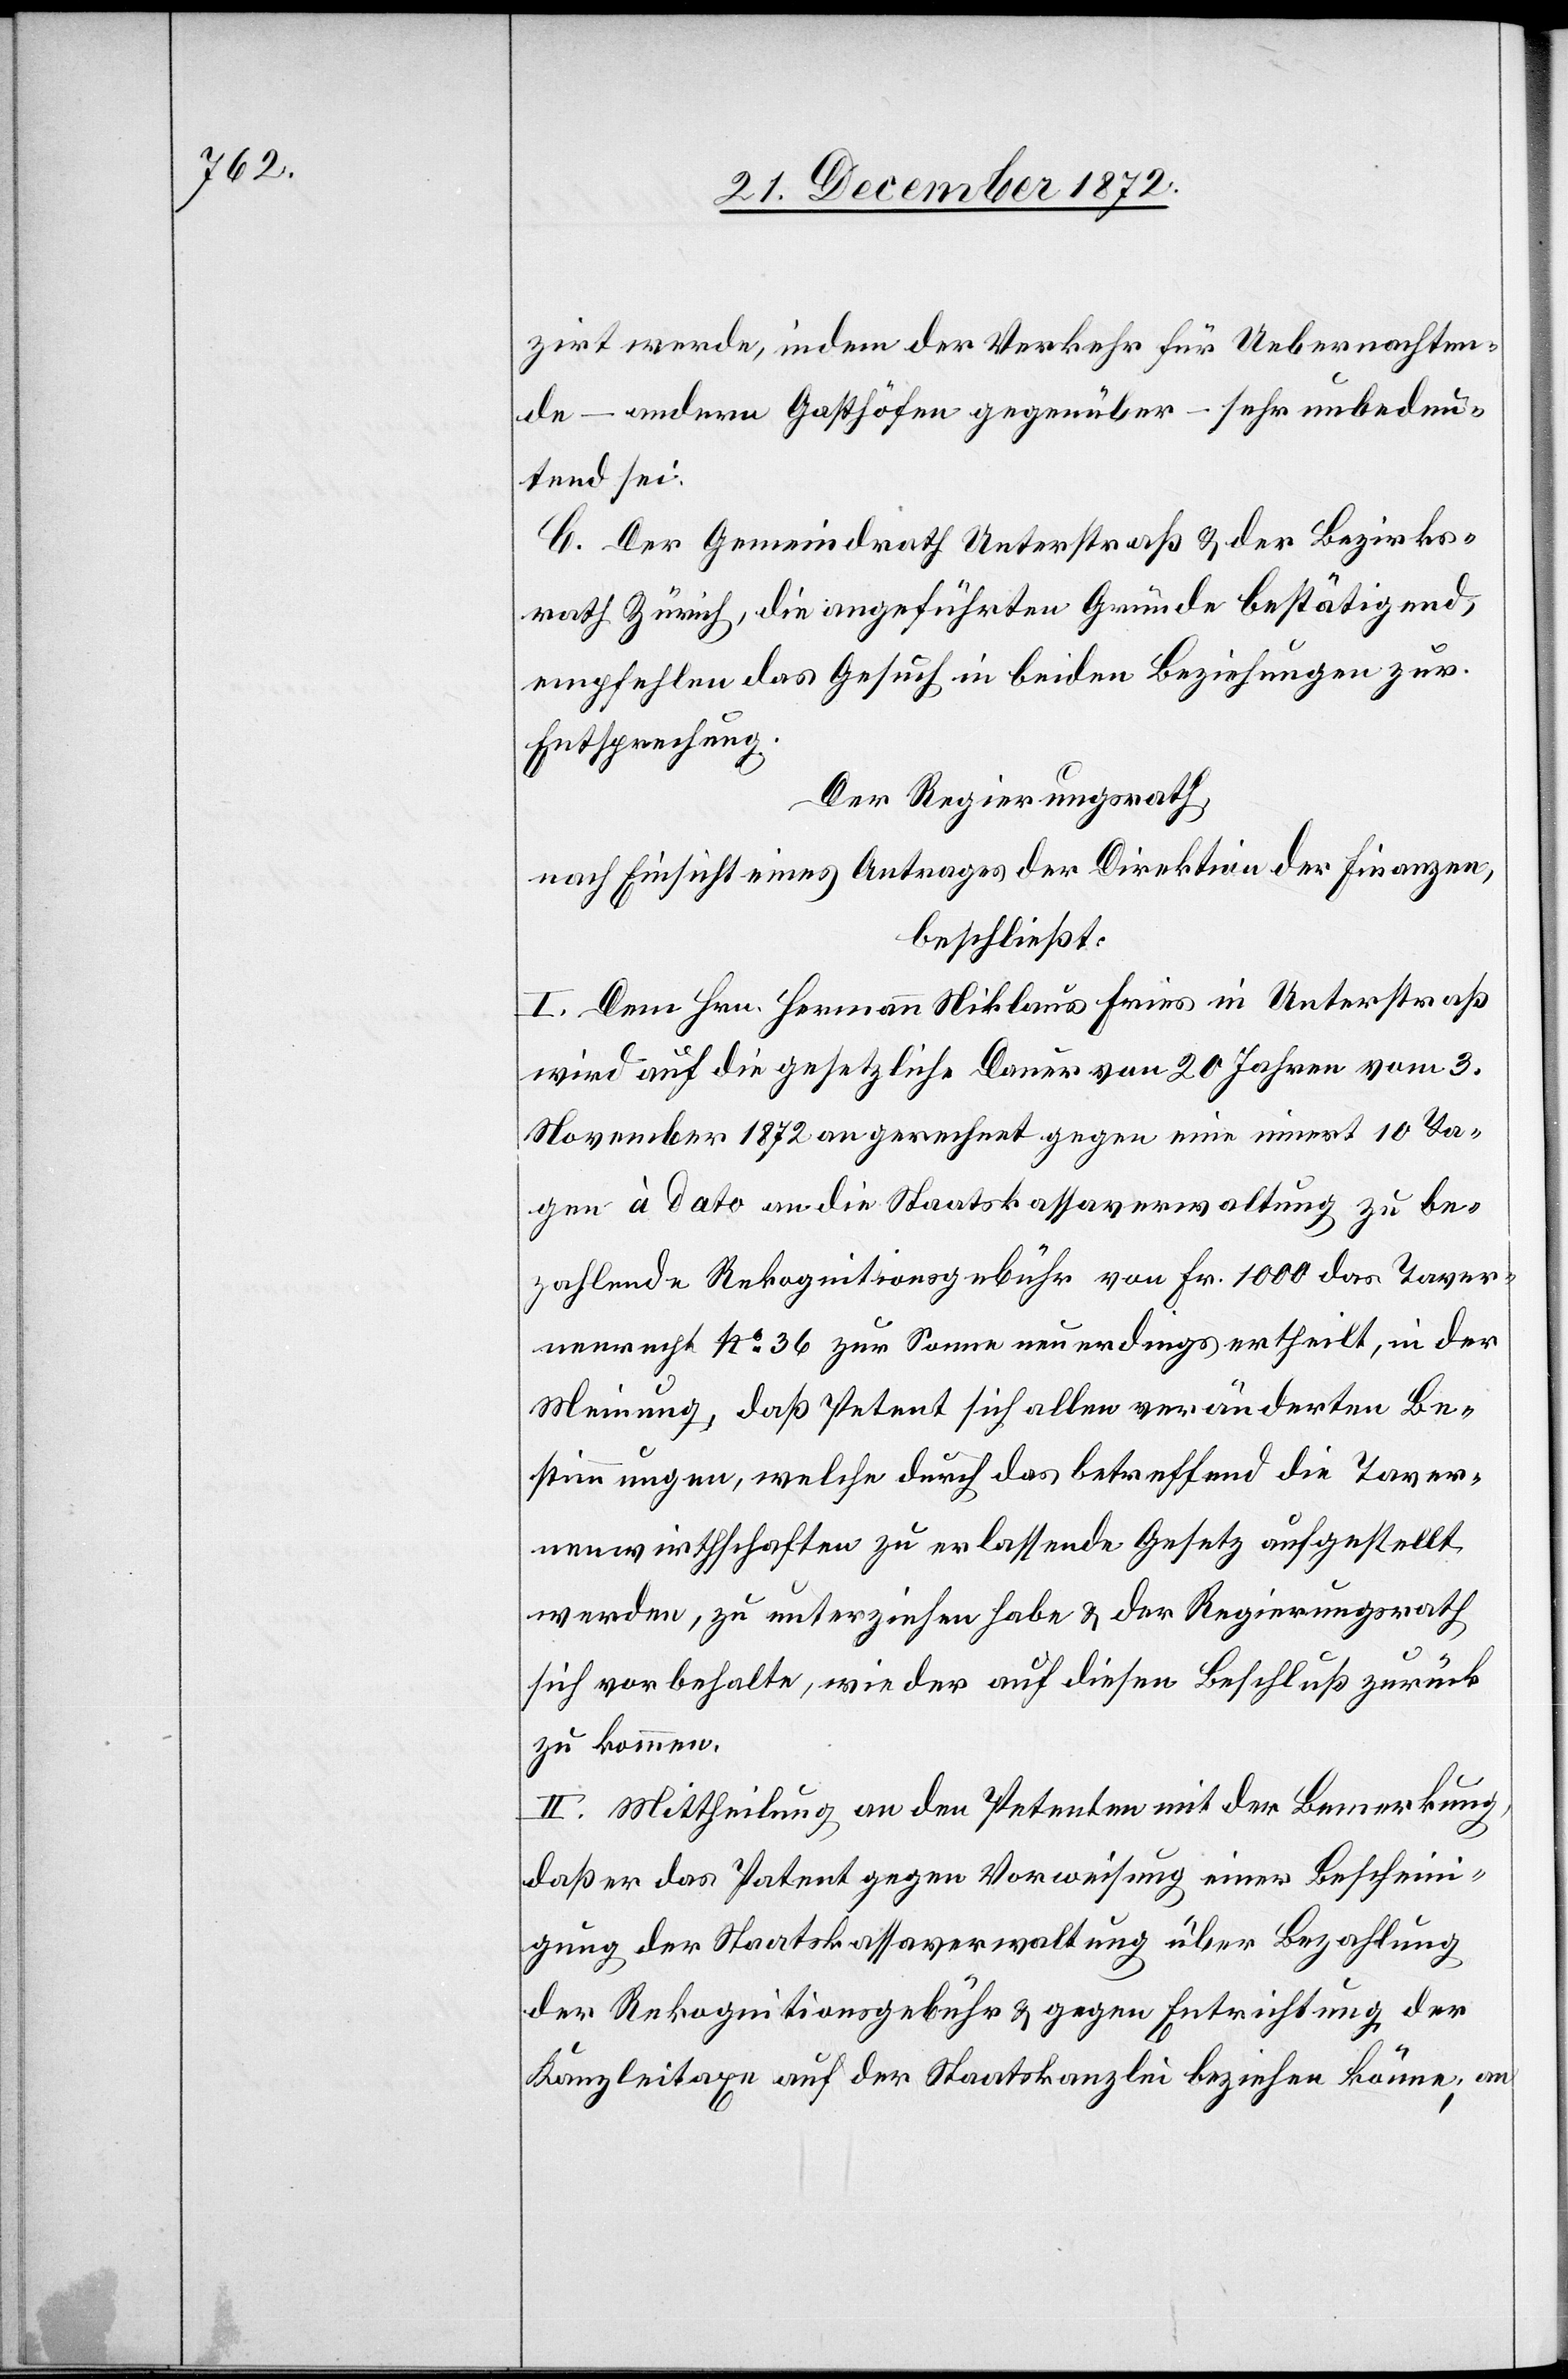
zirt werde, indem der Verkehr für Uebernachten¬
de – andern Gasthöfen gegenüber – sehr unbedeu¬
tend sei.
C. Der Gemeindrath Unterstraß u. der Bezirks¬
rath Zürich, die angeführten Gründe bestätigend,
empfehlen das Gesuch in beiden Beziehungen zur
Entsprechung.
Der Regierungsrath,
nach Einsicht eines Antrages der Direktion der Finanzen,
beschließt:
I. Dem Hrn. Hermann Niklaus Fries in Unterstraß
wird auf die gesetzliche Dauer von 20 Jahren vom 3.
November 1872 an gerechnet gegen eine innert 10 Ta¬
gen à dato an die Staatskassaverwaltung zu be¬
zahlende Rekognitionsgebühr von Fr. 1000 das Taver¬
nenrecht No 36 zur Sonne neuerdings ertheilt, in der
Meinung, daß Petent sich allen veränderten Be¬
stimmungen, welche durch das betreffend die Taver¬
nenwirthschaften zu erlassende Gesetz aufgestellt
werden, zu unterziehen habe u. der Regierungsrath
sich vorbehalte, wieder auf diesen Beschluß zurück
zu kommen.
II. Mittheilung an den Petenten mit der Bemerkung,
daß er das Patent gegen Vorweisung einer Bescheini¬
gung der Staatskassaverwaltung über Bezahlung
der Rekognitionsgebühr u. gegen Entrichtung der
Kanzleitaxe auf der Staatskanzlei beziehen könne; an